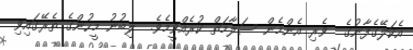
އެކަލޭގެފާނުގެ  ވެރި އެންމެން ސަލާމަތް ކުރެއްވީމެވެ.  ލިބުނު މީހުންގެ ތެރޭގައިވި